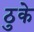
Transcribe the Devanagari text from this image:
ठुके